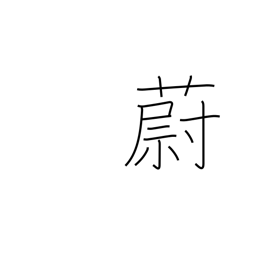
Meaning: dense growth